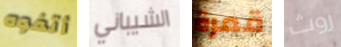
أتفوه الشيباني قمرة روث